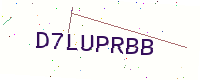
Text: D7LUPRBB